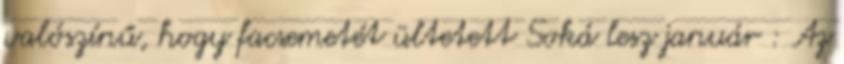
valószínű, hogy facsemetét ültetett Soká lesz január : Az